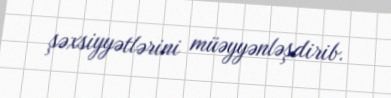
şəxsiyyətlərini müəyyənləşdirib.